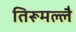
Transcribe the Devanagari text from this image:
तिरूमल्लै